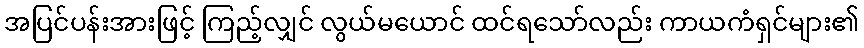
အပြင်ပန်းအားဖြင့် ကြည့်လျှင် လွယ်မယောင် ထင်ရသော်လည်း ကာယကံရှင်များ၏